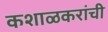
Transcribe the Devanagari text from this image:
कशाळकरांची